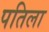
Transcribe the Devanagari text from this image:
पतिला